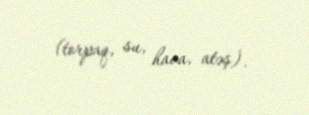
(torpaq, su, hava, atəş).